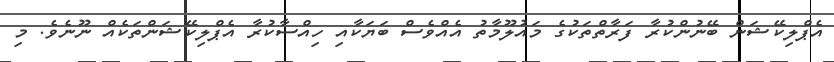
އެޕްލިކޭޝަން ބޭނުންކުރާ ފަރާތްތަކުގެ މައުލޫމާތު އެއްވެސް ބަޔަކާއި ހިއްސާކުރާ އެޕްލިކޭޝަންތަކެއް ނޫނެވެ. މި